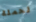
لحملة